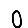
Digit: 0